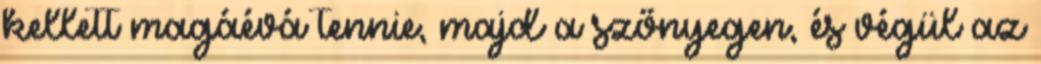
kellett magáévá tennie, majd a szőnyegen, és végül az